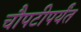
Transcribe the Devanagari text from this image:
चौपटीपर्यंत